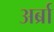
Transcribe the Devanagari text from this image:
अर्ब्रा